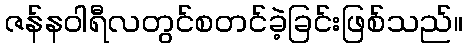
ဇန်နဝါရီလတွင်စတင်ခဲ့ခြင်းဖြစ်သည်။